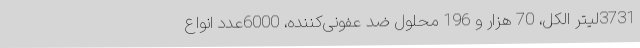
3731لیتر الکل، 70 هزار و 196 محلول ضد عفونی‌کننده، 6000عدد انواع